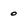
Character: 0